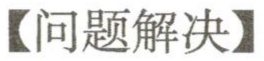
【问题解决】